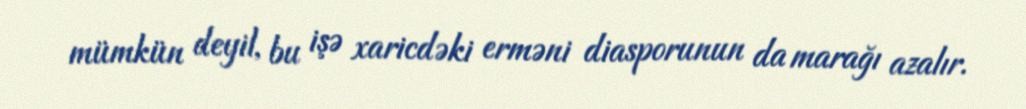
mümkün deyil, bu işə xaricdəki erməni diasporunun da marağı azalır.